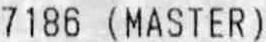
7186 (MASTER)